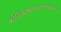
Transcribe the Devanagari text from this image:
श्रीमैथिलीनयनचारुचकोरचन्द्र